Report of the Indian Hemp Drugs Commission, 1894-1895 - Volume II
Year: 1894
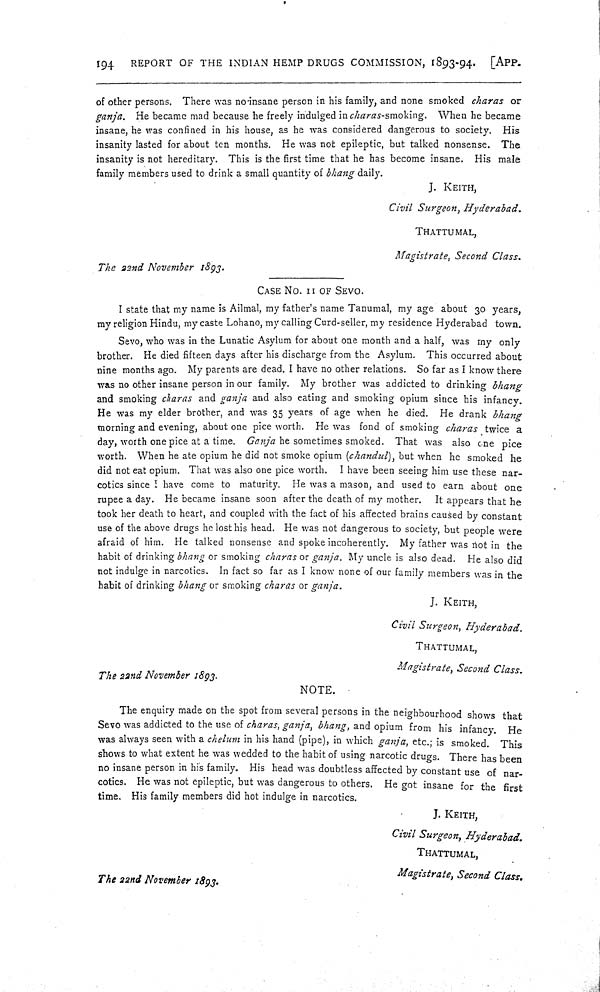
194
REPORT OF THE INDIAN HEMP DRUGS COMMISSION, 1893-94.
[APP.
of other persons. There was no insane person in his family, and none smoked charas or
ganja. He became mad because he freely indulged in charas-smoking. When he became
insane, he was confined in his house, as he was considered dangerous to society. His
insanity lasted for about ten months. He was not epileptic, but talked nonsense. The
insanity is not hereditary. This is the first time that he has become insane. His male
family members used to drink a small quantity of bhang daily.
J. KEITH,
Civil Surgeon, Hyderabad.
THATTUMAL,
Magistrate, Second Class.
The 22nd November 1893.
CASE NO. 11 OF SEVO.
I state that my name is Ailmal, my father's name Tanumal, my age about 30 years,
my religion Hindu, my caste Lohano, my calling Curd-seller, my residence Hyderabad town.
Sevo, who was in the Lunatic Asylum for about one month and a half, was my only
brother. He died fifteen days after his discharge from the Asylum. This occurred about
nine months ago. My parents are dead. I have no other relations. So far as I know there
was no other insane person in our family. My brother was addicted to drinking bhang
and smoking charas and ganja and also eating and smoking opium since his infancy.
He was my elder brother, and was 35 years of age when he died. He drank bhang
morning and evening, about one pice worth. He was fond of smoking charas twice a
day, worth one pice at a time. Ganja he sometimes smoked. That was also one pice
worth. When he ate opium he did not smoke opium (chandul), but when he smoked he
did not eat opium. That was also one pice worth. I have been seeing him use these nar-
cotics since I have come to maturity. He was a mason, and used to earn about one
rupee a day. He became insane soon after the death of my mother. It appears that he
took her death to heart, and coupled with the fact of his affected brains caused by constant
use of the above drugs he lost his head. He was not dangerous to society, but people were
afraid of him. He talked nonsense and spoke incoherently. My father was not in the
habit of drinking bhang or smoking charas or ganja. My uncle is also dead. He also did
not indulge in narcotics. In fact so far as I know none of our family members was in the
habit of drinking bhang or smoking charas or ganja.
J. KEITH,
Civil Surgeon, Hyderabad.
THATTUMAL,
Magistrate, Second Class.
The 22nd November 1893.
NOTE.
The enquiry made on the spot from several persons in the neighbourhood shows that
Sevo was addicted to the use of charas, ganja, bhang, and opium from his infancy. He
was always seen with a chelum in his hand (pipe), in which ganja, etc.; is smoked. This
shows to what extent he was wedded to the habit of using narcotic drugs. There has been
no insane person in his family. His head was doubtless affected by constant use of nar-
cotics. He was not epileptic, but was dangerous to others. He got insane for the first
time. His family members did hot indulge in narcotics.
J. KEITH,
Civil Surgeon, Hyderabad.
THATTUMAL,
The 22nd November
1893.
Magistrate, Second Class.